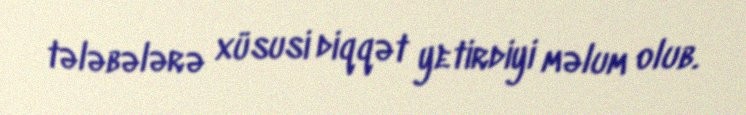
tələbələrə xüsusi diqqət yetirdiyi məlum olub.